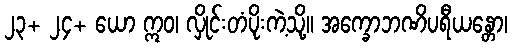
၂၃+ ၂၄+ ယော ဣဝ၊ လှိုင်းတံပိုးကဲ့သို့။ အက္ခောဘဏိပရီယန္တော၊